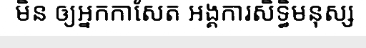
មិន ឲ្យអ្នកកាសែត អង្គការសិទ្ធិមនុស្ស